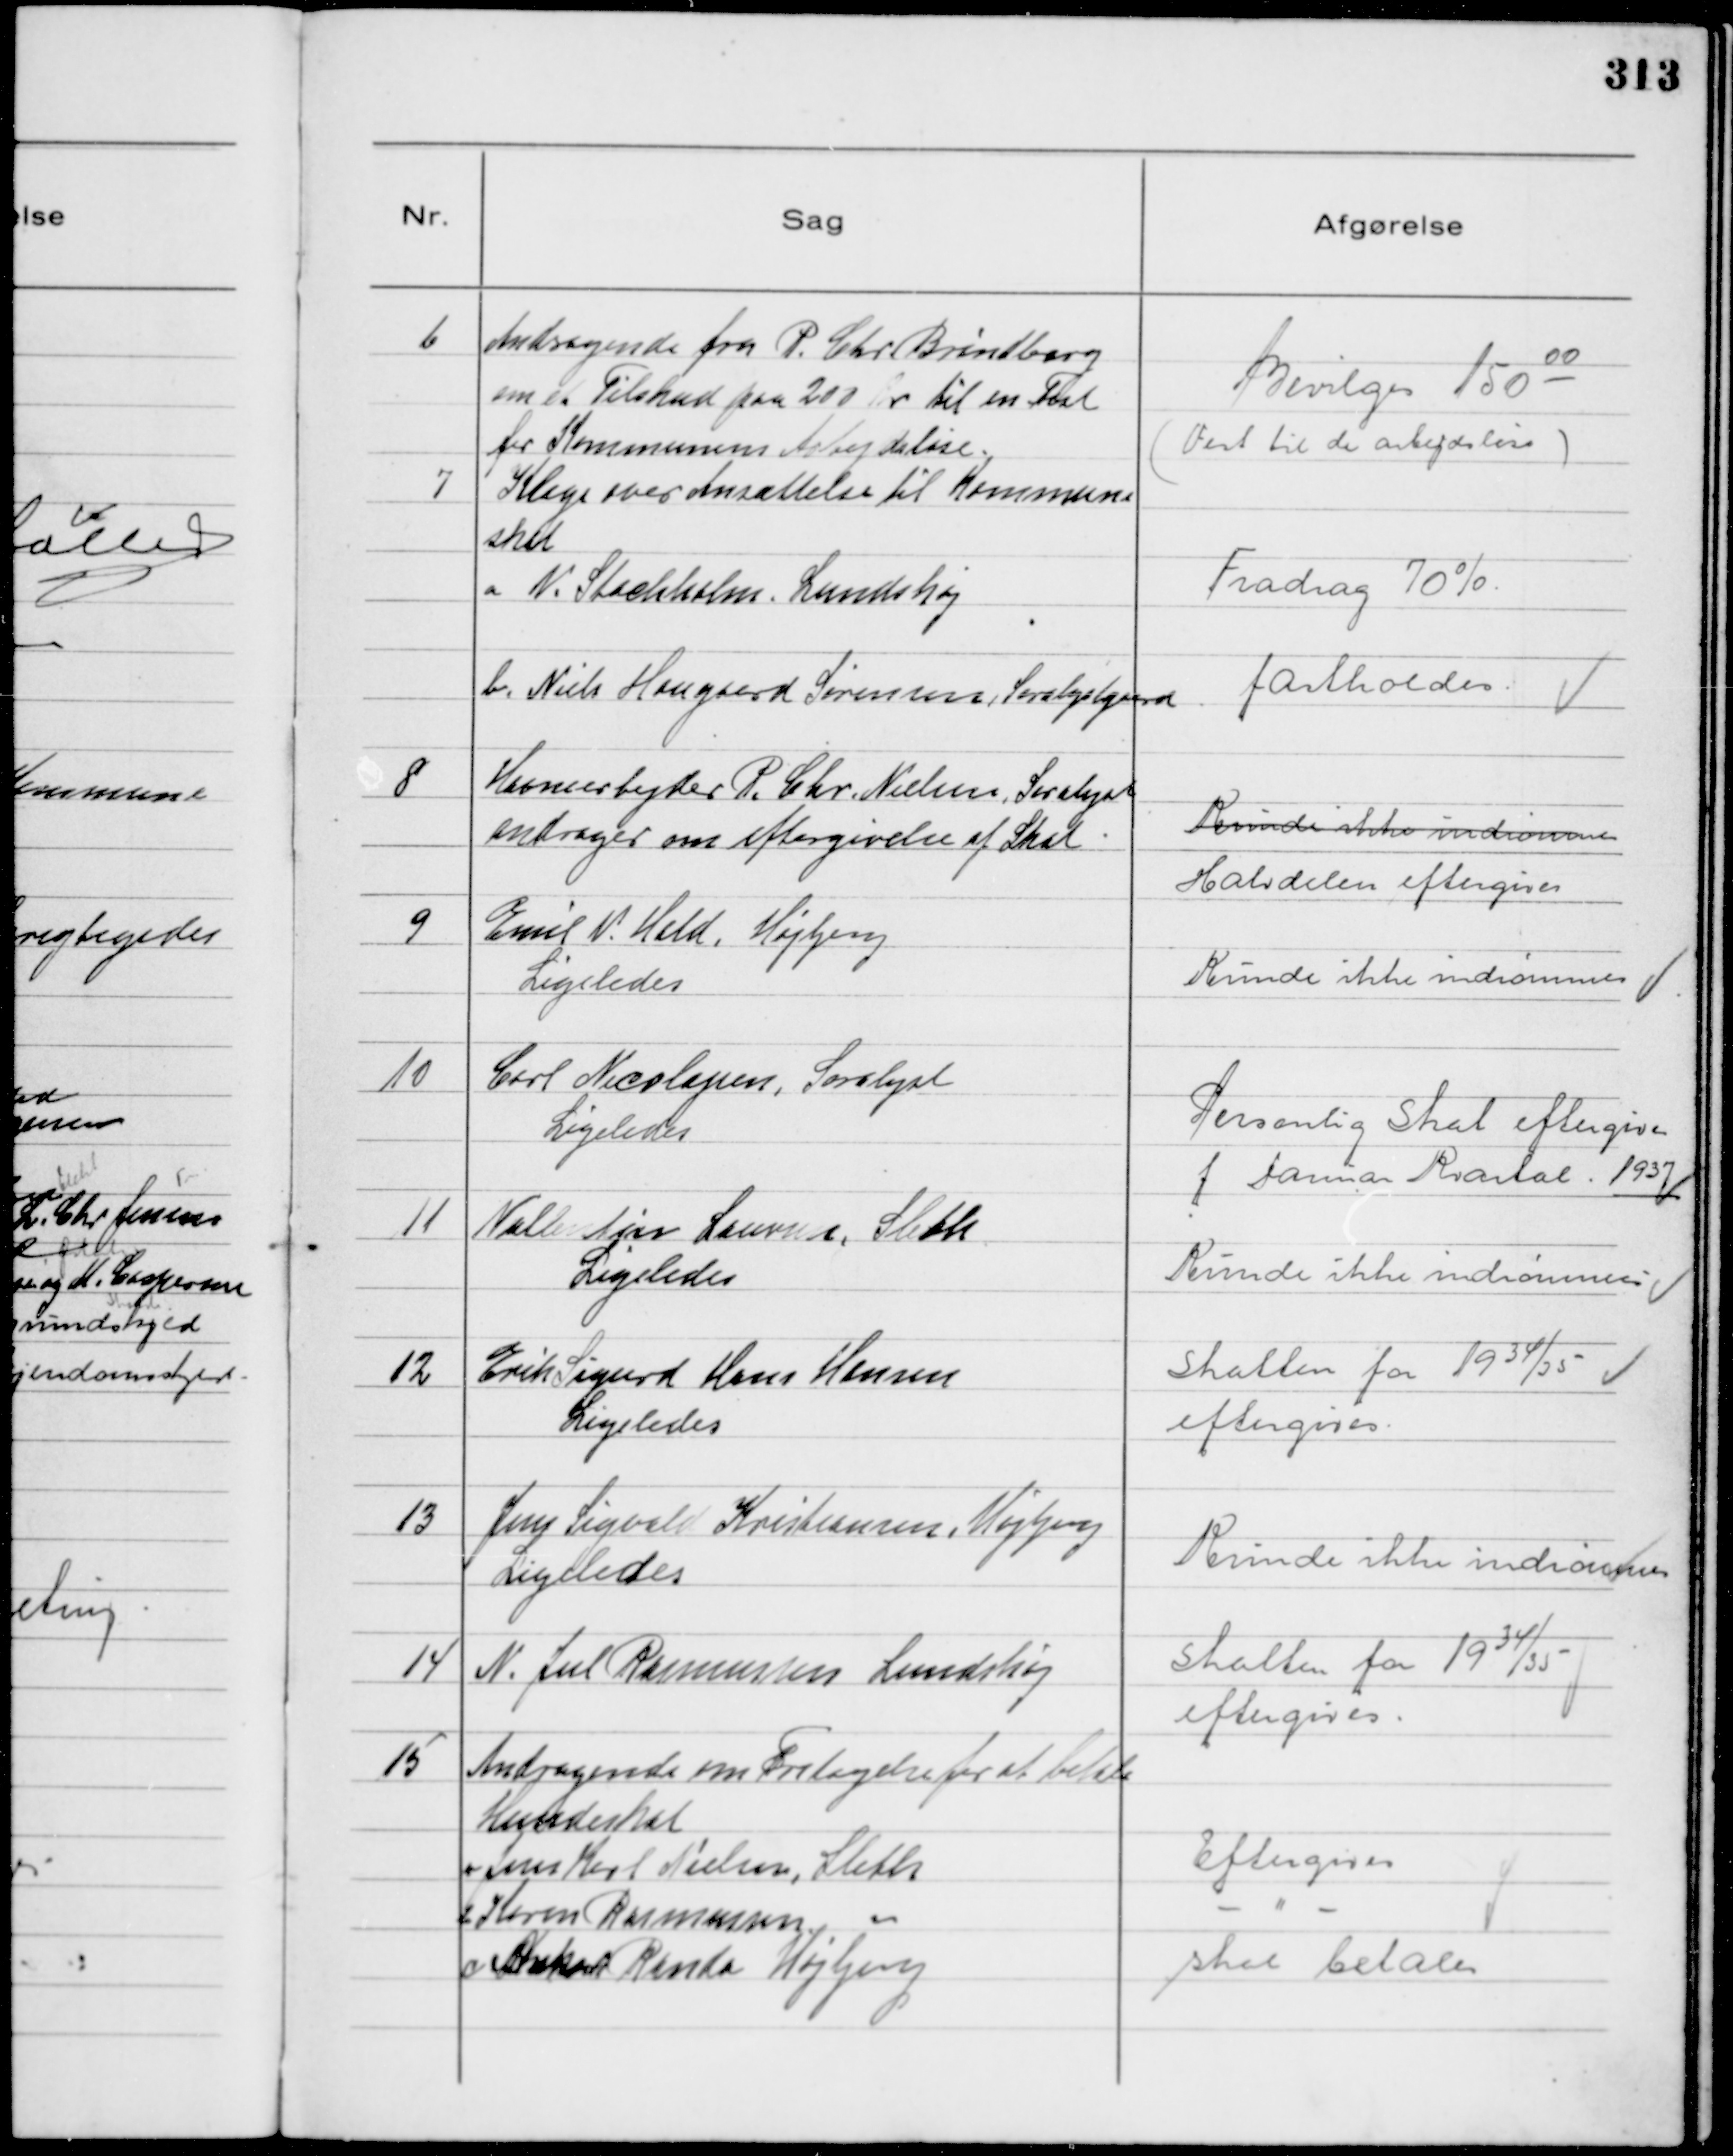
Transskription:
6
Andragende fra P. Chr Brøndberg
om et Tilskud paa 200 Kr til en Fest
for Kommunens Arbejdsløse.

Bevilges 150.00

( Fest til de arbejdsløse )

7
Klage over Ansættelse til Kommune
skat
a N. Stochholm. Lundshøj
Fradrag 70%
b. Niels Haugaard Sørensen Saralystgaard
fastholdes.

8
Havnearbejder P. Chr Nielsen Saralyst
andrager om eftergivelse af Skat.

Kunde ikke indrømmes
Halvdelen eftergives

9
Emil N. Hald. Højbjerg
Ligeledes

Kunde ikke indrømmes

10
Carl Nicolajsen, Saralyst
Ligeledes

Personlig Skat eftergives
f Januar Kvartal. 1937

11
Nallenkier Laursen, Sleth
Ligeledes

Kunde ikke indrømmes.

12
Erik Sigurd Hans Hansen
Ligeledes

Skatten for 1934/35


eftergives.

13
Jens Sigvald Kristiansen, Højbjerg
Ligeledes

Kunde ikke indrømmes

14
N. Jul Rasmussen Lundshøj

Skatten for 1934/35


eftergives.

15
Andragende om Fritagelse for at betale
Hundeskat
a Jens Karl Nielsen, Sleth
Eftergives
b Karen Rasmussen, "
- " -
c Ankar Randa Højbjerg
skal betales